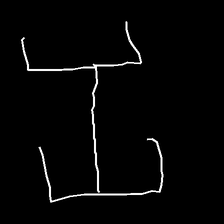
Glyph: entwine